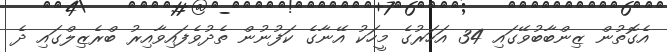
އެގޮތުން ޒިންބާބުވޭގައި 34 އަހަރުގެ މީހަކު އޭނާގެ ކަފުނުން ތެދުވެފައިވާއިރު ބްރެޒިލްގައި ދެ